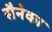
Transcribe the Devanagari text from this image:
सैनेका